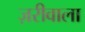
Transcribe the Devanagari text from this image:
ज़रीवाला